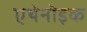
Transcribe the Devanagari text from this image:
एथेनोइक